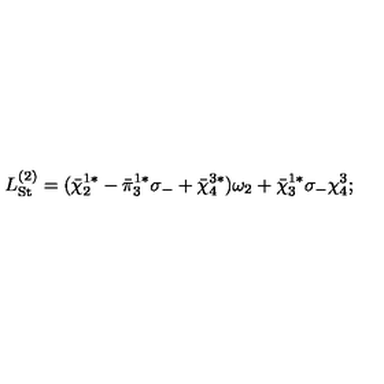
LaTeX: L _ { \mathrm { S t } } ^ { ( 2 ) } = ( { \bar { \chi } } _ { 2 } ^ { 1 * } - { \bar { \pi } } _ { 3 } ^ { 1 * } \sigma _ { - } + { \bar { \chi } } _ { 4 } ^ { 3 * } ) \omega _ { 2 } + { \bar { \chi } } _ { 3 } ^ { 1 * } \sigma _ { - } \chi _ { 4 } ^ { 3 } ;